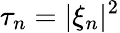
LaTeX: \tau_{n}=|\xi_{n}|^{2}